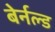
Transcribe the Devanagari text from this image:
बेर्नल्ड